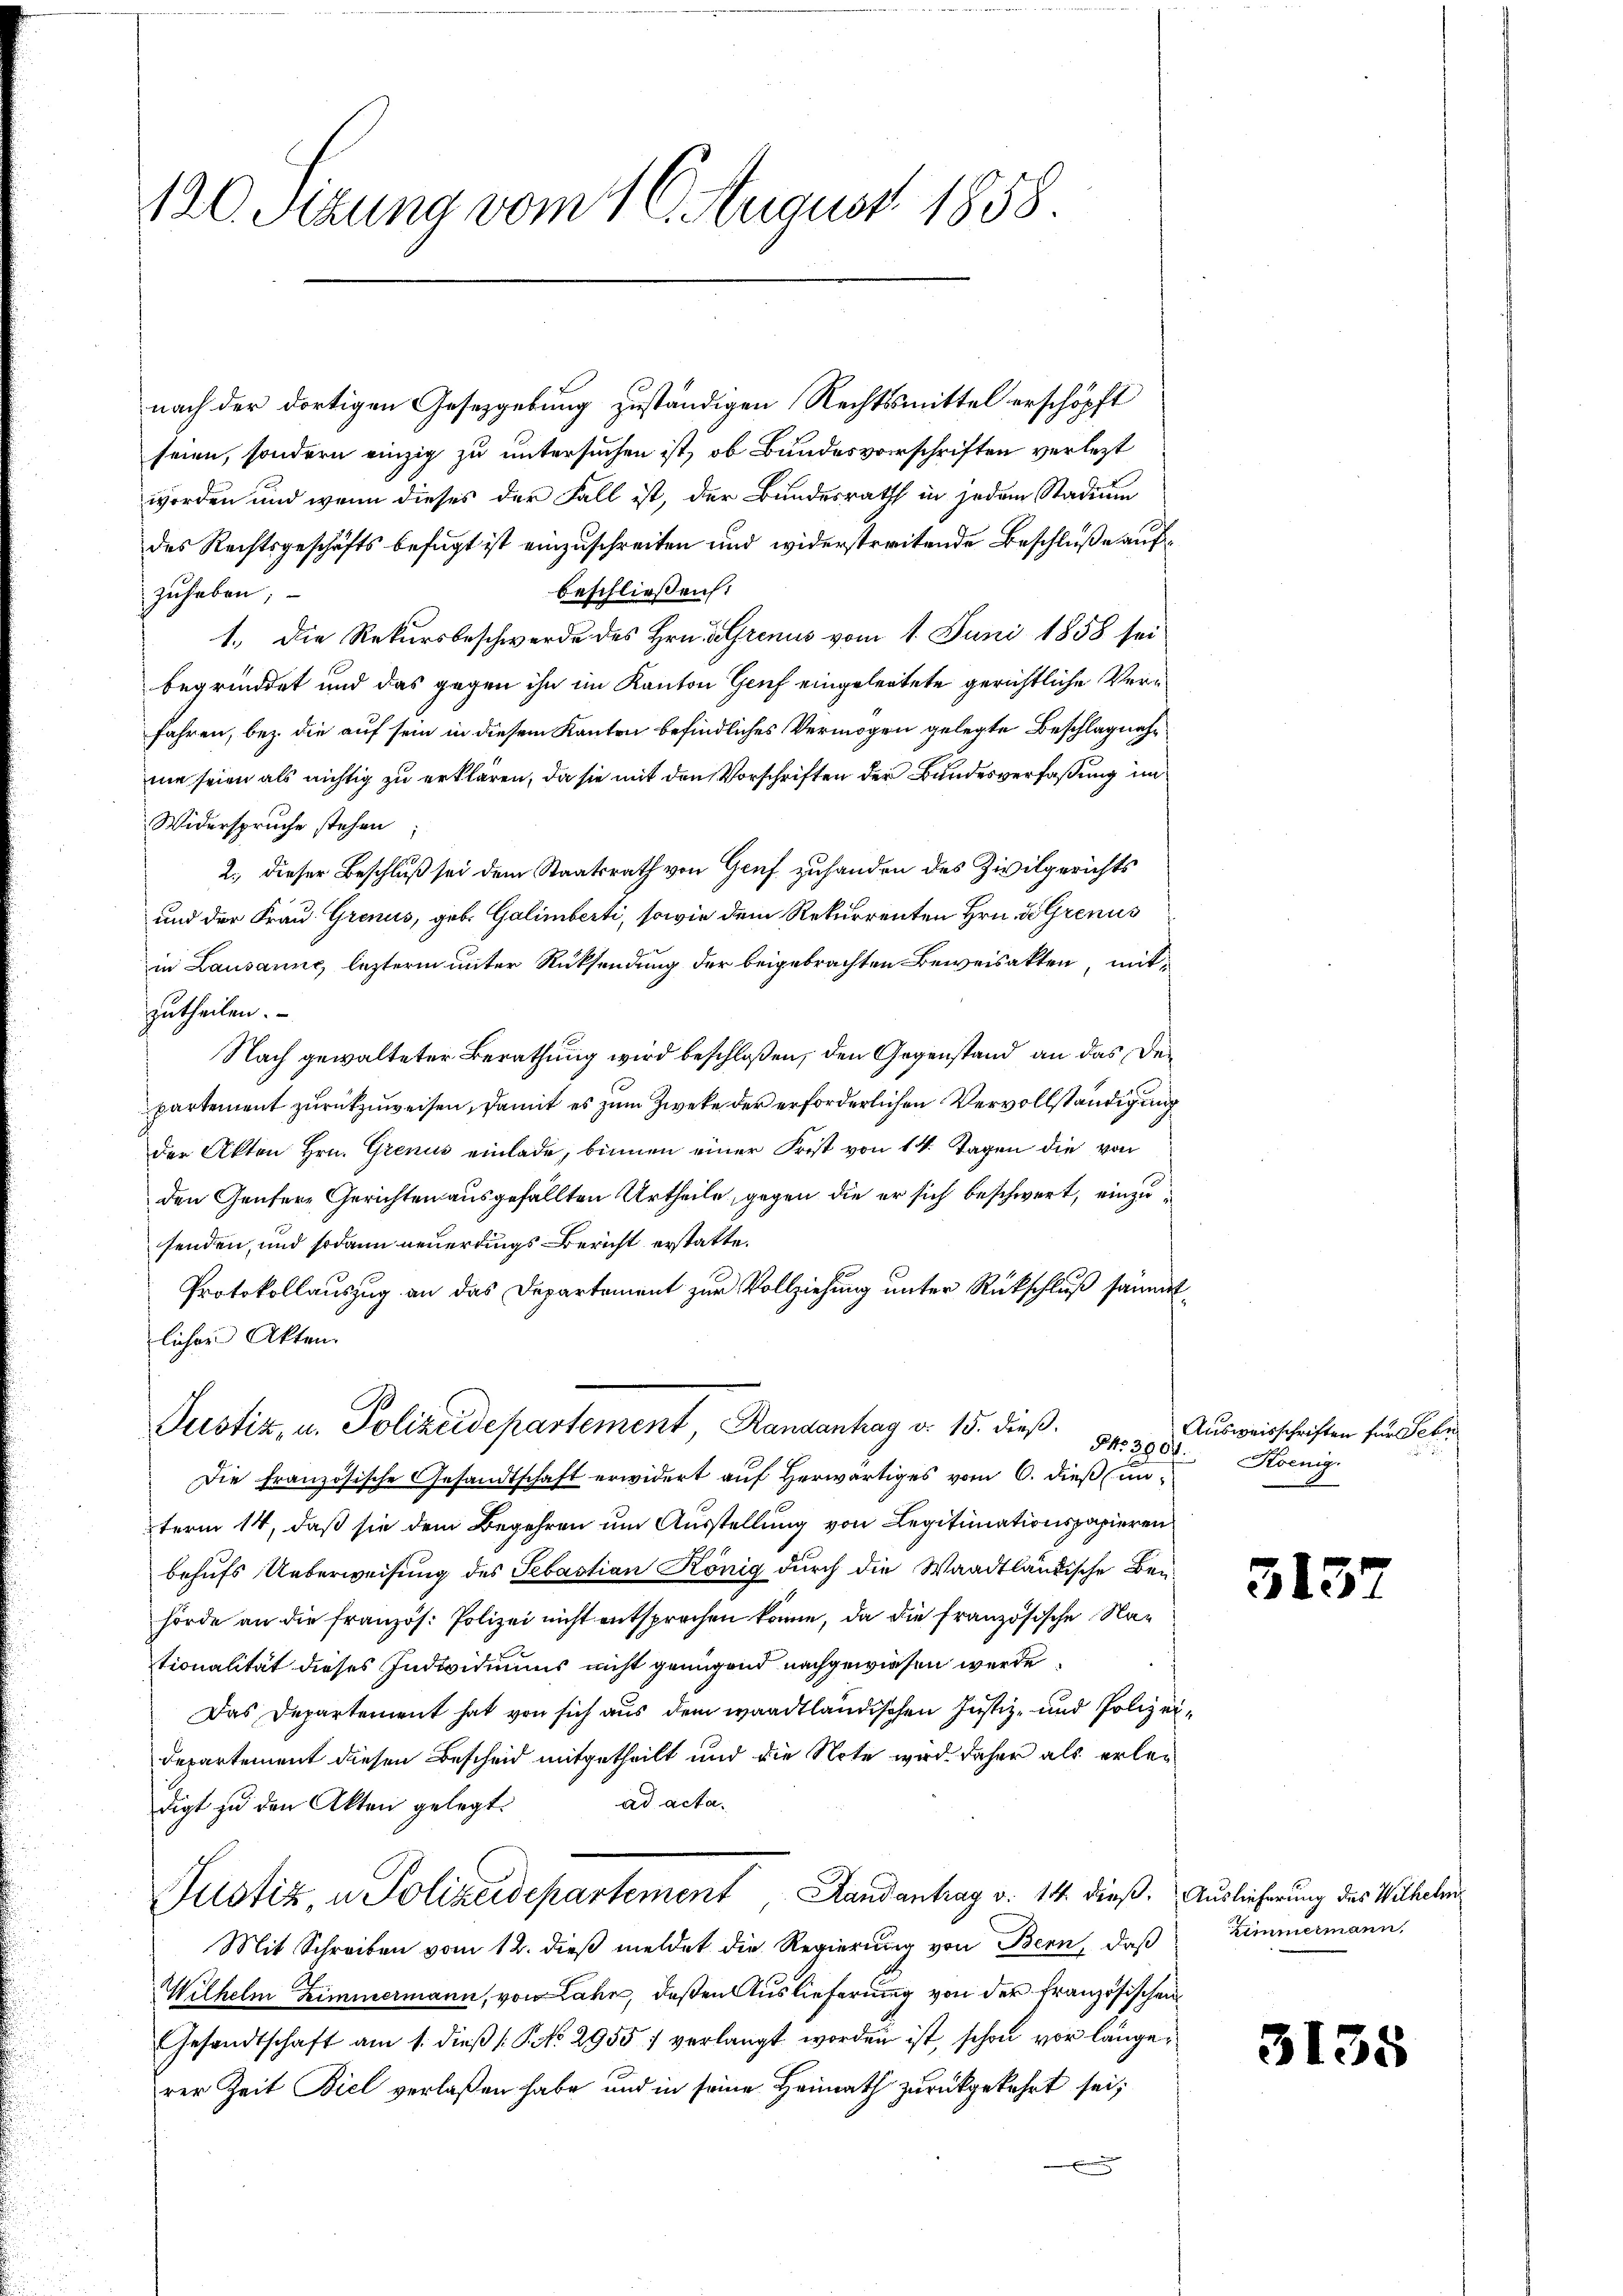
120. Sizung vom 16. August 1858.

nach der dortigen Gesetzgebung zuständigen Rechtsmittel erschöpft
seien, sondern einzig zu untersuchen ist, ob Bundesvorschriften verlezt
worden und wenn dieses der Fall ist, der Bundesrath in jedem Stadium
des Rechtsgeschäfts befugt ist einzuschreiten und widerstreitende Beschluße aufbeschliessen:
zuhaben;
1.) Die Rekursbeschwerde des Hrn. Grenus vom 1. Juni 1858 sei
begründet und das gegen ihn im Kanton Genf eingeleitete gerichtliche Verfahren, bez. die auf sein in diesem Kanton befindliches Vermögen gelegte Beschlagnahnie seien als richtig zu erklären, da sie mit den Vorschriften der Bundesverfassung im
Widerspruche stehen
2., dieser Beschluß sei dem Staatsrath von Gruf zuhanden des Zivilgerichts
und der Frau Grenus, geb. Galimberti, sowie dem Rekurrenten Hrn. So Grenus
in Lausanne, lezterm unter Rücksendung der beigebrachten Beweisakten, mitzutheilen.
Nach gewalteter Berathung wird beschloßen, den Gegenstand an das Departement zurückzuweisen, damit es zum Zwecke der erforderlichen Vervollständigung
der Akten Hrn. Grenus einlade, binnen einer Frist von 14. Tagen die von
den Genfere Gerichten ausgefällten Urtheile, gegen die er sich beschwert, einzusenden, und sodann neuerdings Bericht erstatte.
Protokollauszug an das Departement zur Vollziehung unter Rückschluß sämmtlichen Akten.
B
Justiz, u. Polizeidepartement, Randantrag v. 15. dieß.
§No 390.
Die französische Gesandtschaft erwidert auf Herwärtiges vom 6. dieß unterm 14, daß sie dem Begehren um Ausstellung von Legitimationspapieren
behufs Ueberweisung des Sebastian König durch die Waadtländische Benhörde an die französ. Polizei nicht entsprechen könne, da die französische Nationalität dieses Individiums nicht genügend nachgewiesen werde.
Das Departement hat von sich aus dem waadtländischen Justiz- und Polizei¬
Departement diesen Bescheid mitgetheilt und die Note wird daher als erledigt zu den Akten gelegt. ad acta.
Justiz, u. Polizeidepartement Randantrag v. 14. dieß. Auslieferung des Wilhelm
Mit Schreiben vom 12. dieß meldet die Regierung von Bern, daß
Wilhelm Zimmermann, von Jahr, deßen Auslieferung von der Französischen
Gesandtschaft am 1. dieβ (: P. No. 2955 7 verlangt worden ist, schon vor längerer Zeit Biel verlaßen habe und in seine Heimath zurückgekehrt sei;

Ausweisschriften für Febr
Koenig.

313.

Zimmermann,

3135